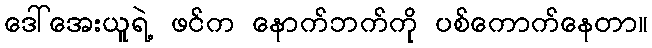
ဒေါ်အေးယူရဲ့ ဖင်က နောက်ဘက်ကို ပစ်ကောက်နေတာ။